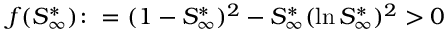
f ( S _ { \infty } ^ { * } ) \colon = ( 1 - S _ { \infty } ^ { * } ) ^ { 2 } - S _ { \infty } ^ { * } ( \ln S _ { \infty } ^ { * } ) ^ { 2 } > 0